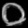
Digit: ၀